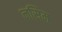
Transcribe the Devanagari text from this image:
नसिम